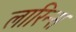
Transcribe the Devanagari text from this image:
लारिन्स